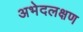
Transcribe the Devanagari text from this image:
अभेदलक्षण